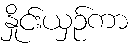
နှိုင်းယှဉ်ကာ